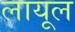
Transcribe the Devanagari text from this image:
लायूल